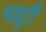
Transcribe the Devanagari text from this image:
पाट्री